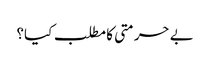
بے حرمتی کا مطلب کیا؟